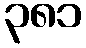
၃၈၁